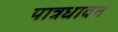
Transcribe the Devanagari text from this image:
पात्रधावन